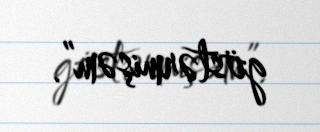
göstərmişəm”.